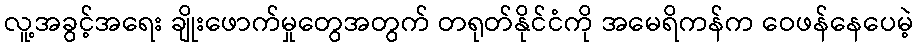
လူ့အခွင့်အရေး ချိုးဖောက်မှုတွေအတွက် တရုတ်နိုင်ငံကို အမေရိကန်က ဝေဖန်နေပေမဲ့